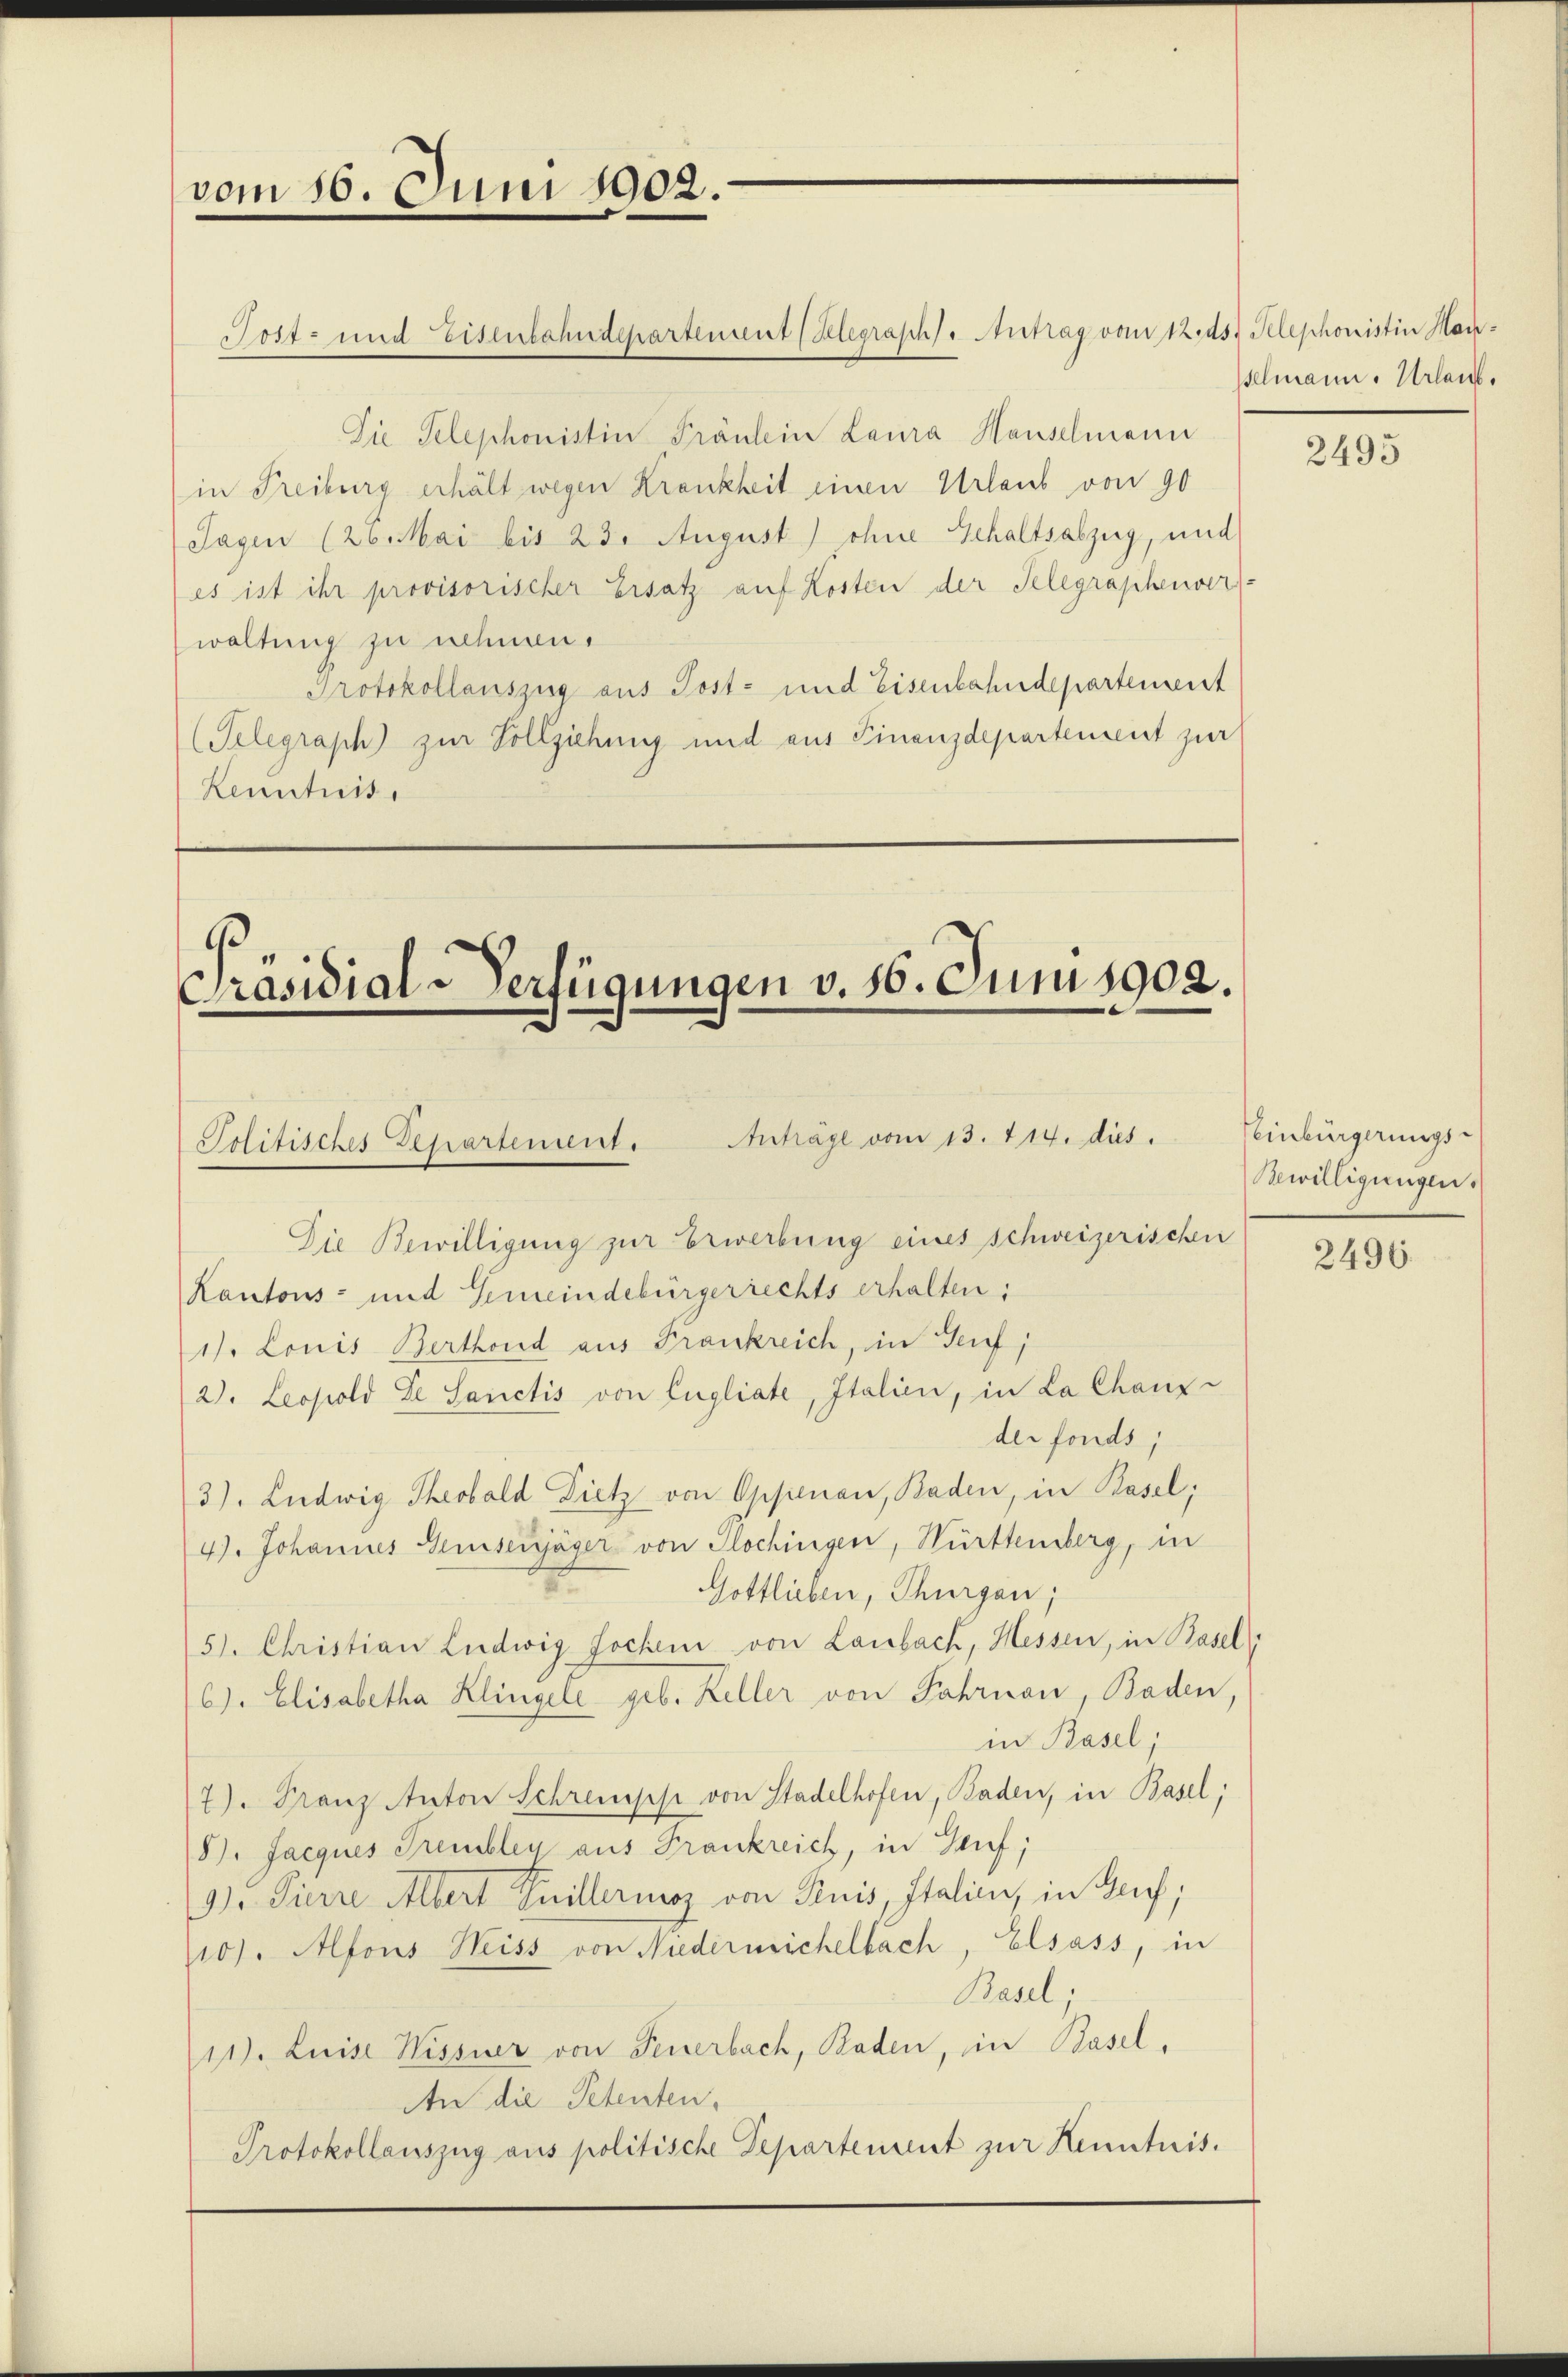
vom 16. Juni 1902.

Die Telephonistin Fräulein Laura Hauselmann
(in Freiburg erhält wegen Krankheit einen Urlaub von 90
Tagen (26. Mai bis 23. August) ohne Gehaltsabzug, und
es ist ihr provisorischer Ersatz auf Kosten der Telegraphenver-
waltung zu nehmen.
Protokollauszug aus Post- und Eisenbahndepartement
(Telegraph) zur Vollziehung und aus Finanzdepartement zur
Kenntnis

Die Bewilligung zur Erwerbung eines schweizerischen
Kantons- und Gemeindebürgerrechts erhalten;
1). Louis Berthond aus Frankreich, in Genf,
2). Leopold De Sanctis von Engliate, Italien, in La Chanz-
der fonds,
3). Ludwig Theobold Dietz von Oppenau, Baden, in Basel;
4). Johannes Gemiserjäger von Glochingen, Württemberg, in
Gottlichen, Thurgau;
5. Christian Ludwig Jochen von Laibach, Hessen, in Basel
6). Elisabetha Klingele geb. Keller von Fahrnau, Baden,
in Basel;
7). Franz Anton Schrempfe von Stadelhofen, Baden, in Basel;
8). Jacques Prembley aus Frankreich, in Genf;
9). Pierre Albert Guillermoz von Pruis, Italien, in Genf;
10). Alfons Heiss von Niedernichelbach, Elsass, in
Basel.
11). Luise Wissner von Feuerbach, Baden, in Basel¬
An die Petenten.
Protokollauszug aus politische Departement zur Kenntnis.

Post- und Eisenbahndepartement (Relegraphs - Antrag vom 12. ds. Telephonistin Man¬

.
Präsidial-Verfügungen v. 16. Juni 1902.

Anträge vom 13. 714. dies
Politisches Khartement.

selmann. Urlaub.

2495

Einbürgerungs-
Bewilligungen.

2496.